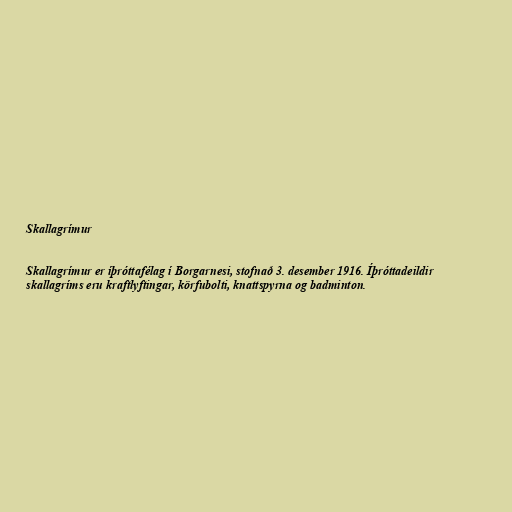
Skallagrímur

Skallagrímur er íþróttafélag í Borgarnesi, stofnað 3. desember 1916. Íþróttadeildir
skallagríms eru kraftlyftingar, körfubolti, knattspyrna og badminton.